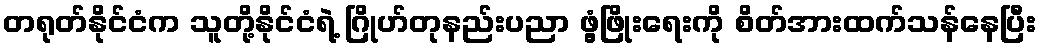
တရုတ်နိုင်ငံက သူတို့နိုင်ငံရဲ့ ဂြိုဟ်တုနည်းပညာ ဖွံ့ဖြိုးရေးကို စိတ်အားထက်သန်နေပြီး